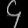
Digit: ၄